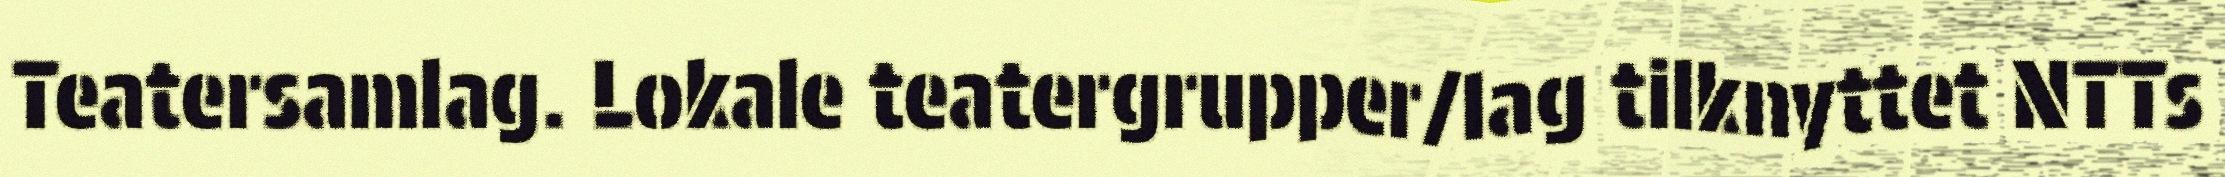
Teatersamlag. Lokale teatergrupper/lag tilknyttet NTTs